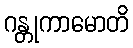
ဂန္တုကာမောတိ